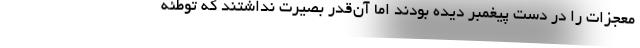
معجزات را در دست پیغمبر دیده بودند اما آن‌قدر بصیرت نداشتند که توطئه